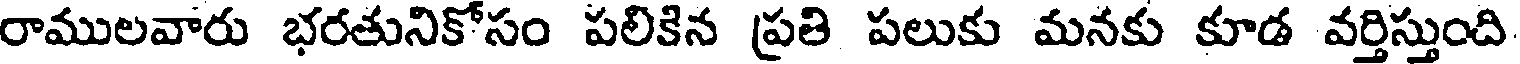
రాములవారు భరతునికోసం పలికిన ప్రతి పలుకు మనకు కూడ వర్తిస్తుంది